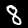
Label: 8